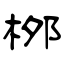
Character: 桞